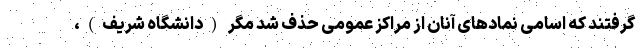
گرفتند که اسامی نمادهای آنان از مراکز عمومی حذف شد مگر (دانشگاه شریف)،